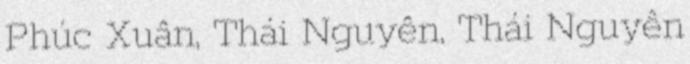
Phúc Xuân, Thái Nguyên, Thái Nguyên